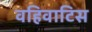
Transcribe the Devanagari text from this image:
वहिवाटिस